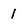
Character: 1